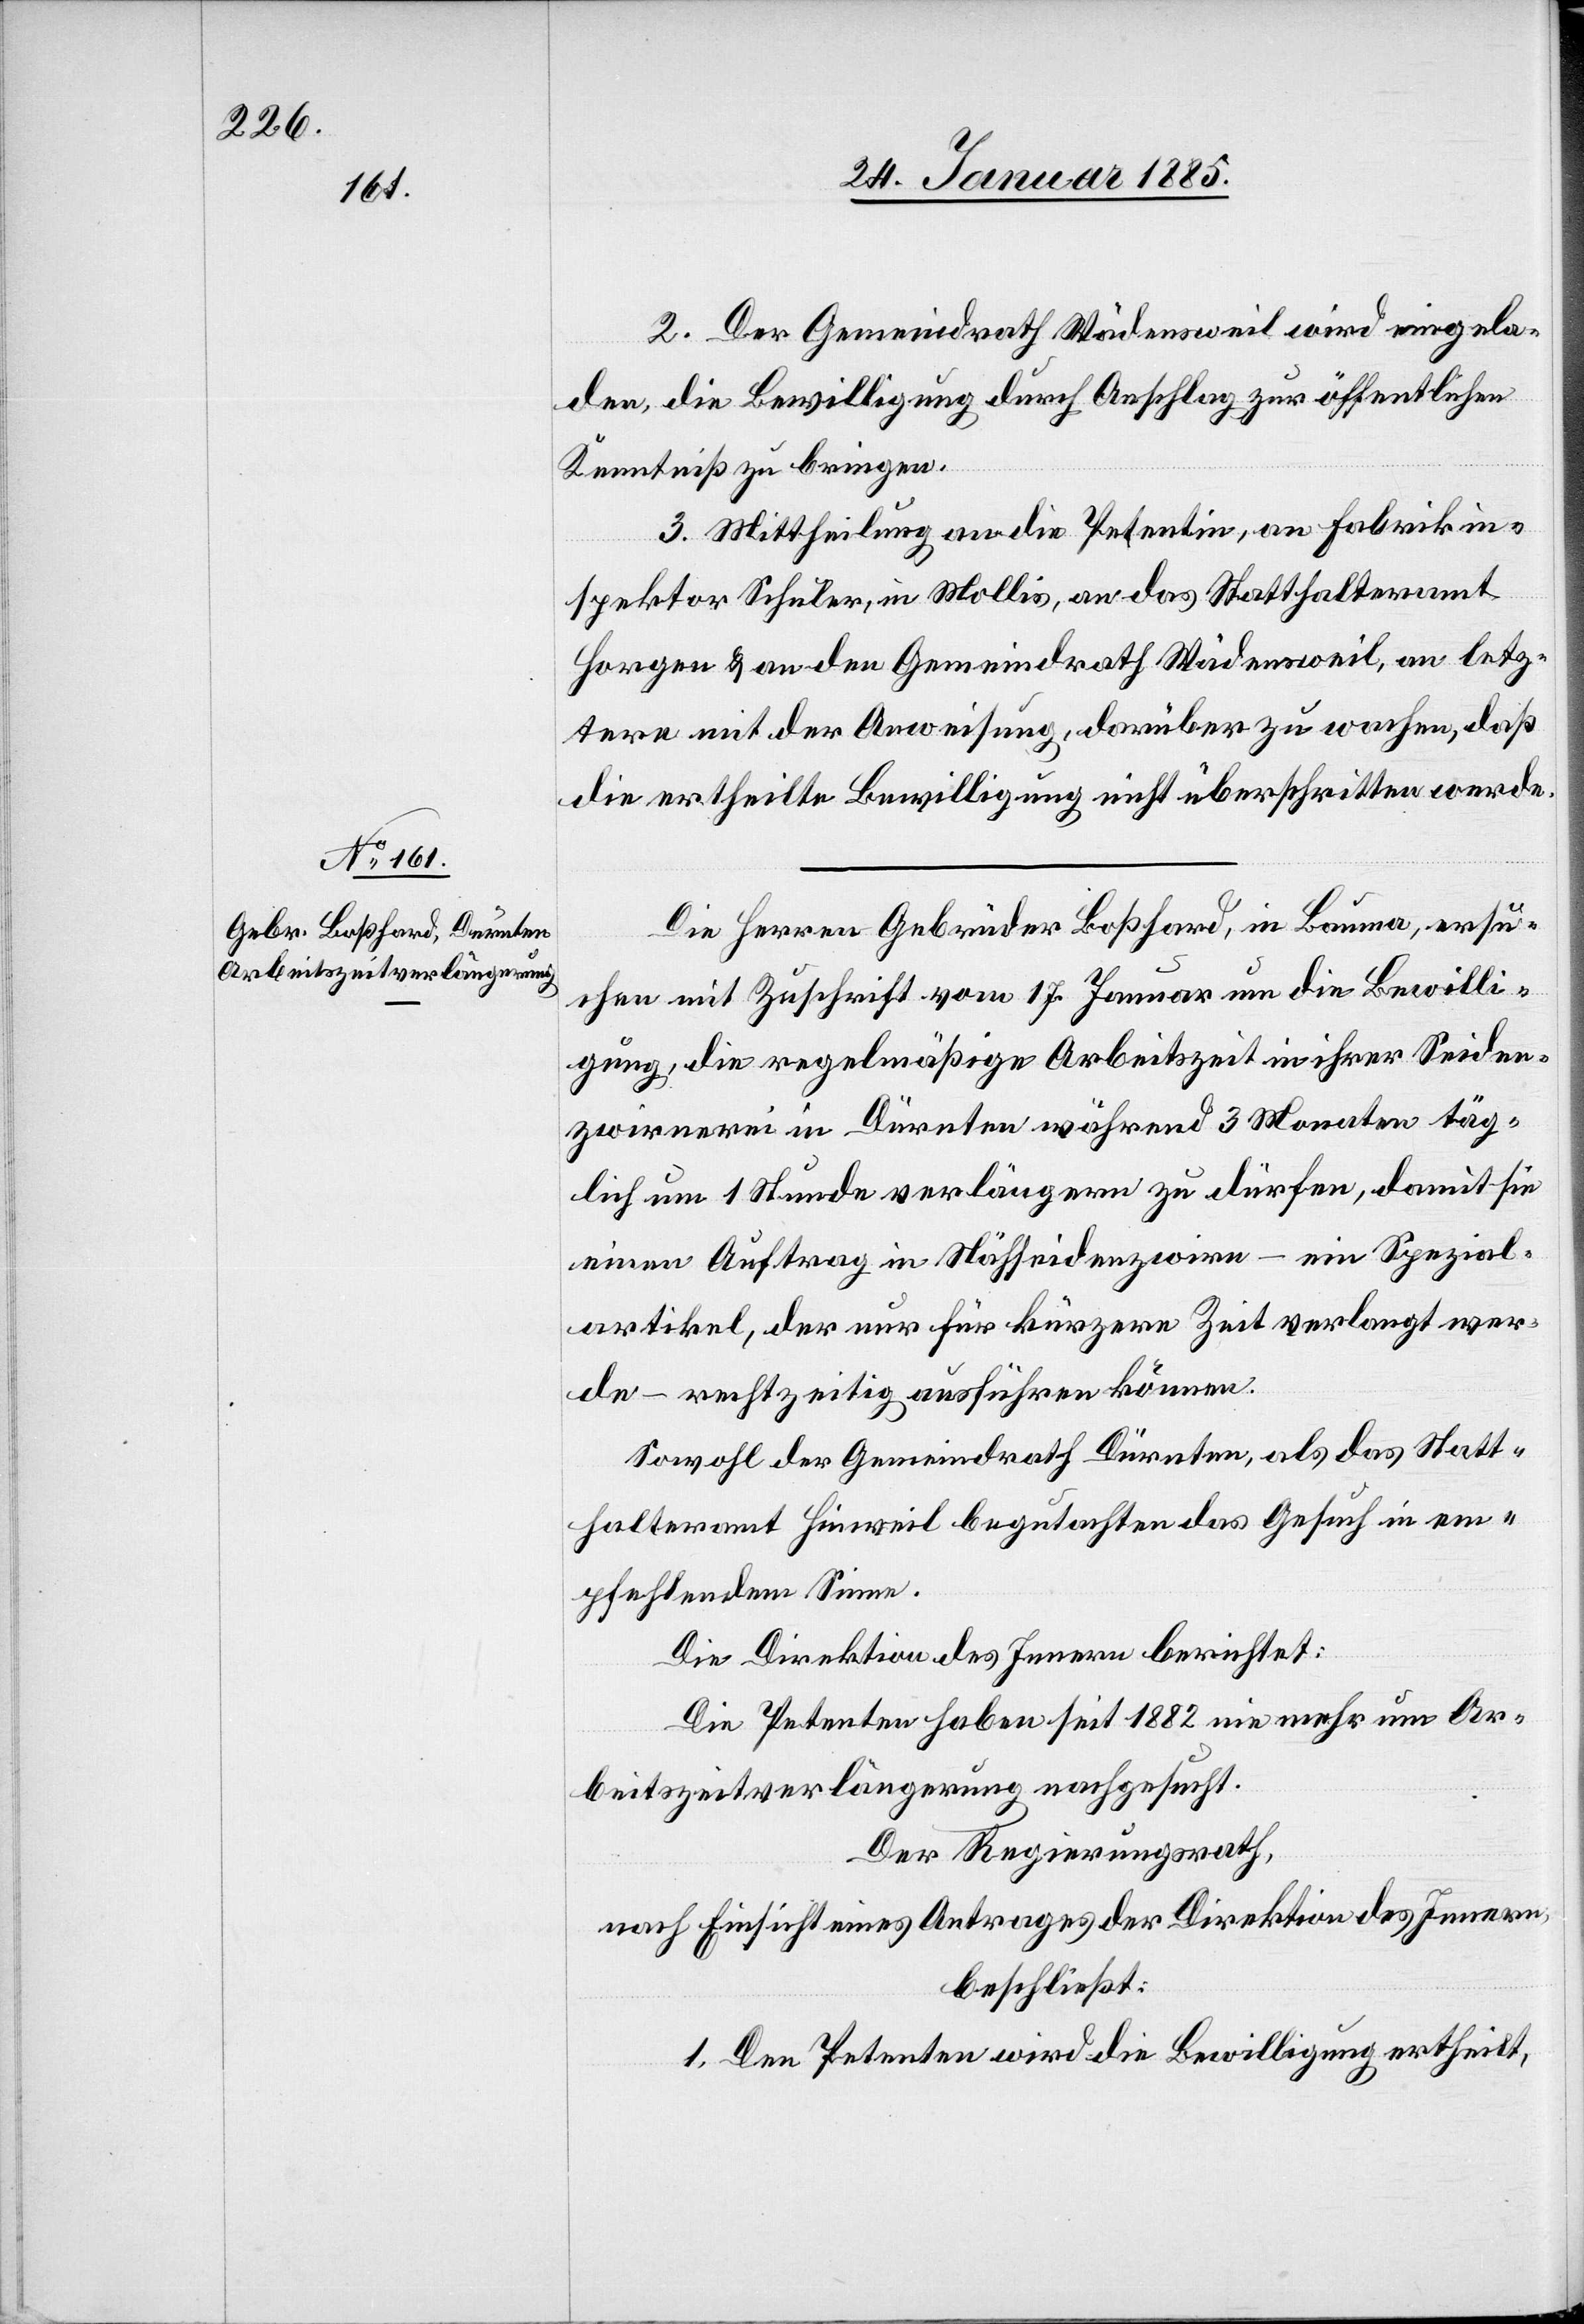
2. Der Gemeindrath Wädensweil wird eingela¬
den, die Bewilligung durch Anschlag zur öffentlichen
Kenntniß zu bringen.
3. Mittheilung an die Petentin, an Fabrikin¬
spektor Schuler, in Mollis, an das Statthalteramt
Horen & an den Gemeindrath Wädensweil, an letz¬
tere mit der Anweisung, darüber zu wachen, daß
die ertheilte Bewilligung nicht überschritten werde.
Die Herren Gebrüder Boßhard, in Bauma, ersu¬
chen mit Zuschrift vom 17. Januar um die Bewilli¬
gung, die regelmäßige Arbeitszeit in ihrer Seiden¬
zwirnerei in Dürnten während 3 Monaten täg¬
lich um 1 Stunde verlängern zu dürfen, damit sie
einen Auftrag in Nähseidenzwirn – ein Spezial¬
artikel, der nur für kürzere Zeit verlangt wer¬
de – rechtzeitig ausführen können.
Sowohl der Gemeindrath Dürnten, als das Statt¬
halteramt Hinweil begutachten das Gesuch in em¬
pfehlendem Sinne.
Die Direktion des Innern berichtet:
Die Petentin habe seit 1882 nie mehr um Ar¬
beitszeitverlängerung nachgesucht.
Der Regierungsrath,
nach Einsicht eines Antrages der Direktion des Innern,
beschließt:
1. Den Petenten wird die Bewilligung ertheilt,